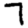
Digit: 7